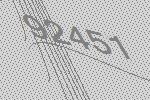
92451